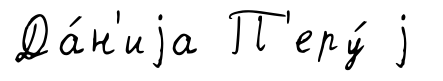
Да́н'иjа П'еру́ j